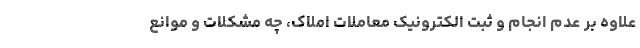
علاوه بر عدم انجام و ثبت الکترونیک معاملات املاک، چه مشکلات و موانع